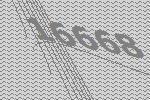
16668